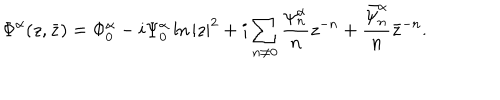
\Phi ^ { \alpha } ( z , \bar { z } ) = \Phi _ { 0 } ^ { \alpha } - i \Psi _ { 0 } ^ { \alpha } \ln | z | ^ { 2 } + i \sum _ { n \neq 0 } \frac { \psi _ { n } ^ { \alpha } } n z ^ { - n } + \frac { \bar { \psi } _ { n } ^ { \alpha } } n \bar { z } ^ { - n } .